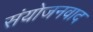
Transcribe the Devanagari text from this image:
संयोजनवाद